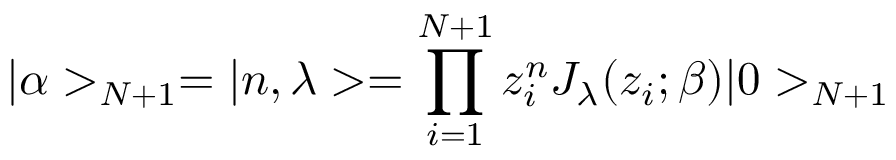
| \alpha > _ { N + 1 } = | n , \lambda > = \prod _ { i = 1 } ^ { N + 1 } z _ { i } ^ { n } J _ { \lambda } ( z _ { i } ; \beta ) | 0 > _ { N + 1 }